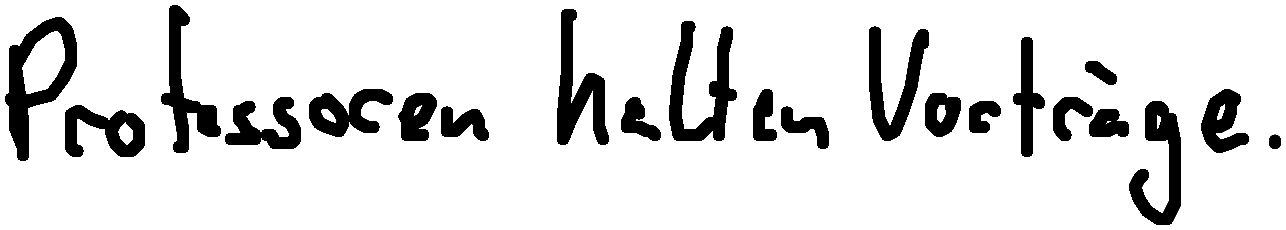
Professoren halten Vorträge.